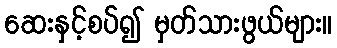
ဆေးနှင့်စပ်၍ မှတ်သားဖွယ်များ။